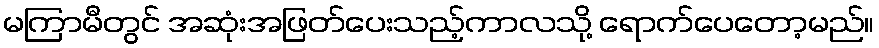
မကြာမီတွင် အဆုံးအဖြတ်ပေးသည့်ကာလသို့ ရောက်ပေတော့မည်။